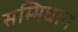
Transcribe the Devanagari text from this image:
सम्भिधान